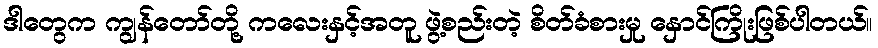
ဒါတွေက ကျွန်တော်တို့ ကလေးနှင့်အတူ ဖွဲ့စည်းတဲ့ စိတ်ခံစားမှု နှောင်ကြိုးဖြစ်ပါတယ်။